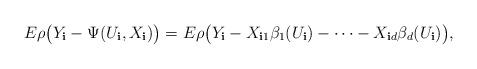
LaTeX: \begin{align*} E\rho\bigl(Y_{\mathbf{i}}-\Psi(U_{\mathbf{i}},X_{\mathbf{i}})\bigr)=E\rho\bigl(Y_{\mathbf{i}}-X_{\mathbf{i}1}\beta_{1}(U_{\mathbf{i}})-\cdots-X_{\mathbf{i}d}\beta_{d}(U_{\mathbf{i}})\bigr),\end{align*}